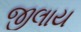
જીલાય